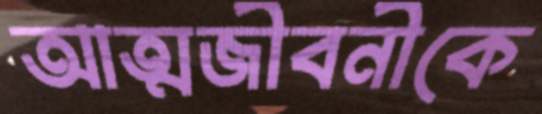
আত্মজীবনীকে